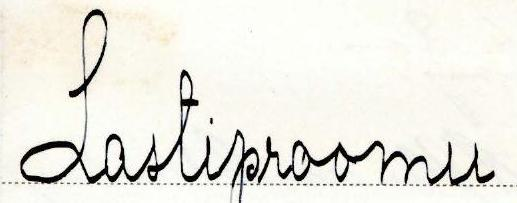
Lastiproomu